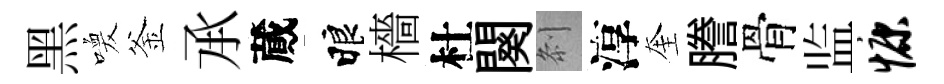
黑喚釜𠄘蕆睱檣杜闋𠛴淳奎謄骨监慷